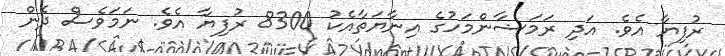
ރުފިޔާ އެވެ. އަދި ރަމަޟާންމަހުގެ އިނާޔަތާއެކު 8300 ރުފިޔާ އެވެ. ނަމަވެސް ދެން